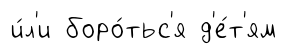
и́л'и боро́тьс'я д'е́т'ям